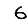
Digit: 6